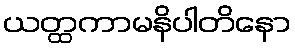
ယတ္ထကာမနိပါတိနော